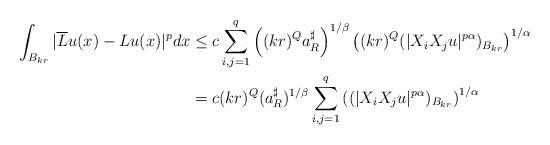
LaTeX: \begin{align*}\int_{B_{kr}}|\overline{L}u(x)-Lu(x)|^{p}dx & \leq c\sum_{i,j=1}^{q}\left((kr)^{Q}a_{R}^{\sharp}\right) ^{1/\beta}\left( (kr)^{Q}(|X_{i}X_{j}u|^{p\alpha})_{B_{kr}}\right) ^{1/\alpha}\ \\& =c(kr)^{Q}(a_{R}^{\sharp})^{1/\beta}\sum_{i,j=1}^{q}\left( (|X_{i}X_{j}u|^{p\alpha})_{B_{kr}}\right) ^{1/\alpha}\end{align*}